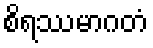
စိရဿမာဂတံ